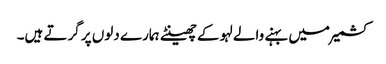
کشمیر میں بہنے والے لہو کے چھینٹے ہمارے دلوں پر گرتے ہیں۔